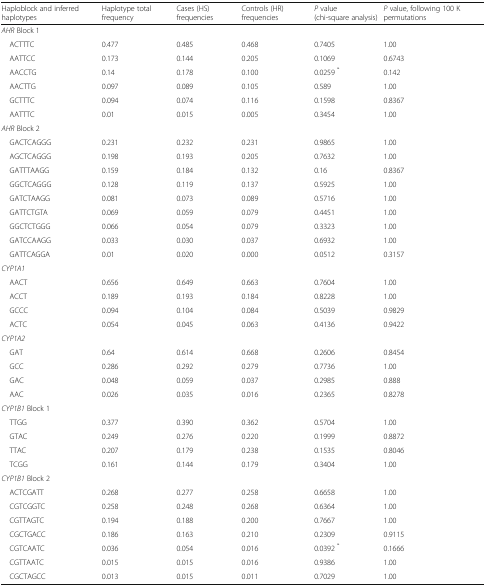
<table><thead><tr><td><b>Haploblock and inferred haplotypes</b></td><td><b>Haplotype total frequency</b></td><td><b>Cases (HS) frequencies</b></td><td><b>Controls (HR) frequencies</b></td><td><b><i>P</i> value (chi-square analysis)</b></td><td><b><i>P</i> value, following 100 K permutations</b></td></tr></thead><tbody><tr><td colspan="6"><i>AHR</i> Block 1</td></tr><tr><td> ACTTTC</td><td>0.477</td><td>0.485</td><td>0.468</td><td>0.7405</td><td>1.00</td></tr><tr><td> AATTCC</td><td>0.173</td><td>0.144</td><td>0.205</td><td>0.1069</td><td>0.6743</td></tr><tr><td> AACCTG</td><td>0.14</td><td>0.178</td><td>0.100</td><td>0.0259 <sup>*</sup></td><td>0.142</td></tr><tr><td> AACTTG</td><td>0.097</td><td>0.089</td><td>0.105</td><td>0.589</td><td>1.00</td></tr><tr><td> GCTTTC</td><td>0.094</td><td>0.074</td><td>0.116</td><td>0.1598</td><td>0.8367</td></tr><tr><td> AATTTC</td><td>0.01</td><td>0.015</td><td>0.005</td><td>0.3454</td><td>1.00</td></tr><tr><td colspan="6"><i>AHR</i> Block 2</td></tr><tr><td> GACTCAGGG</td><td>0.231</td><td>0.232</td><td>0.231</td><td>0.9865</td><td>1.00</td></tr><tr><td> AGCTCAGGG</td><td>0.198</td><td>0.193</td><td>0.205</td><td>0.7632</td><td>1.00</td></tr><tr><td> GATTTAAGG</td><td>0.159</td><td>0.184</td><td>0.132</td><td>0.16</td><td>0.8367</td></tr><tr><td> GGCTCAGGG</td><td>0.128</td><td>0.119</td><td>0.137</td><td>0.5925</td><td>1.00</td></tr><tr><td> GATCTAAGG</td><td>0.081</td><td>0.073</td><td>0.089</td><td>0.5716</td><td>1.00</td></tr><tr><td> GATTCTGTA</td><td>0.069</td><td>0.059</td><td>0.079</td><td>0.4451</td><td>1.00</td></tr><tr><td> GGCTCTGGG</td><td>0.066</td><td>0.054</td><td>0.079</td><td>0.3323</td><td>1.00</td></tr><tr><td> GATCCAAGG</td><td>0.033</td><td>0.030</td><td>0.037</td><td>0.6932</td><td>1.00</td></tr><tr><td> GATTCAGGA</td><td>0.01</td><td>0.020</td><td>0.000</td><td>0.0512</td><td>0.3157</td></tr><tr><td colspan="6"><i>CYP1A1</i></td></tr><tr><td> AACT</td><td>0.656</td><td>0.649</td><td>0.663</td><td>0.7604</td><td>1.00</td></tr><tr><td> ACCT</td><td>0.189</td><td>0.193</td><td>0.184</td><td>0.8228</td><td>1.00</td></tr><tr><td> GCCC</td><td>0.094</td><td>0.104</td><td>0.084</td><td>0.5039</td><td>0.9829</td></tr><tr><td> ACTC</td><td>0.054</td><td>0.045</td><td>0.063</td><td>0.4136</td><td>0.9422</td></tr><tr><td colspan="6"><i>CYP1A2</i></td></tr><tr><td> GAT</td><td>0.64</td><td>0.614</td><td>0.668</td><td>0.2606</td><td>0.8454</td></tr><tr><td> GCC</td><td>0.286</td><td>0.292</td><td>0.279</td><td>0.7736</td><td>1.00</td></tr><tr><td> GAC</td><td>0.048</td><td>0.059</td><td>0.037</td><td>0.2985</td><td>0.888</td></tr><tr><td> AAC</td><td>0.026</td><td>0.035</td><td>0.016</td><td>0.2365</td><td>0.8278</td></tr><tr><td colspan="6"><i>CYP1B1</i> Block 1</td></tr><tr><td> TTGG</td><td>0.377</td><td>0.390</td><td>0.362</td><td>0.5704</td><td>1.00</td></tr><tr><td> GTAC</td><td>0.249</td><td>0.276</td><td>0.220</td><td>0.1999</td><td>0.8872</td></tr><tr><td> TTAC</td><td>0.207</td><td>0.179</td><td>0.238</td><td>0.1535</td><td>0.8046</td></tr><tr><td> TCGG</td><td>0.161</td><td>0.144</td><td>0.179</td><td>0.3404</td><td>1.00</td></tr><tr><td colspan="6"><i>CYP1B1</i> Block 2</td></tr><tr><td> ACTCGATT</td><td>0.268</td><td>0.277</td><td>0.258</td><td>0.6658</td><td>1.00</td></tr><tr><td> CGTCGGTC</td><td>0.258</td><td>0.248</td><td>0.268</td><td>0.6364</td><td>1.00</td></tr><tr><td> CGTTAGTC</td><td>0.194</td><td>0.188</td><td>0.200</td><td>0.7667</td><td>1.00</td></tr><tr><td> CGCTGACC</td><td>0.186</td><td>0.163</td><td>0.210</td><td>0.2309</td><td>0.9115</td></tr><tr><td> CGTCAATC</td><td>0.036</td><td>0.054</td><td>0.016</td><td>0.0392 <sup>*</sup></td><td>0.1666</td></tr><tr><td> CGTTAATC</td><td>0.015</td><td>0.015</td><td>0.016</td><td>0.9386</td><td>1.00</td></tr><tr><td> CGCTAGCC</td><td>0.013</td><td>0.015</td><td>0.011</td><td>0.7029</td><td>1.00</td></tr></tbody></table>